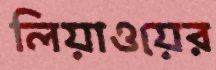
লিয়াওয়ের